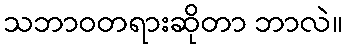
သဘာဝတရားဆိုတာ ဘာလဲ။